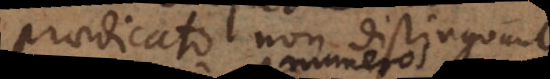
praedicato non distinguunt